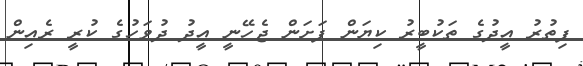
ފިތުރު އީދުގެ ތަކުބީރު ކިޔަން ފަށަން ޖެހޭނީ އީދު ދުވަހުގެ ކުރީ ރެއިން